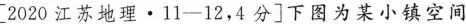
[2020江苏地理·11—12，4分]下图为某小镇空间